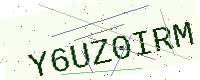
Text: Y6UZ0IRM